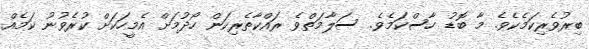
ބިރުވެރިކަމެކެވެ. މާ ބޮޑު ހާސްކަމެވެ. ސަލާމަތްވެ ރަައްކާތެރިކަން ހޯދުމަށް އެމީހަކަށް ކުރެވުނު ކަމެއް